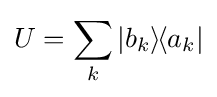
U=\sum _{k}|b_{k}\rangle \!\langle a_{k}|